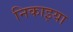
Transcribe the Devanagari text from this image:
निकाइया